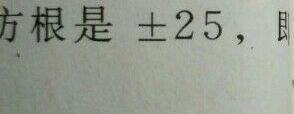
方根是 $\pm 25$，即